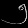
Digit: ၅